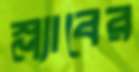
স্ল্যাবের